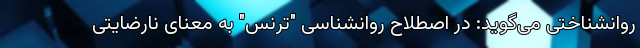
روانشناختی می‌گوید: در اصطلاح روانشناسی "ترنس" به معنای نارضایتی